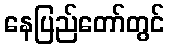
နေပြည်တော်တွင်